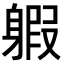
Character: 𨉣